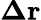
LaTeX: \mathbf{\Delta r}